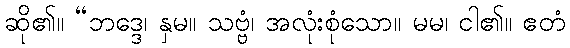
ဆို၏။ “ဘဒ္ဒေ၊ နှမ။ သဗ္ဗံ၊ အလုံးစုံသော။ မမ၊ ငါ၏။ ဧတံ